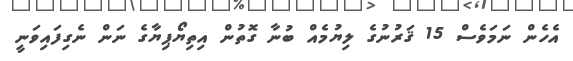
އެހެން ނަމަވެސް 15 ޤަރުނުގެ ލިޔުމެއް ބުނާ ގޮތުން އިތިޔޯޕިޔާގެ ނަން ނެގިފައިވަނީ